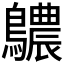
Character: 𪇌